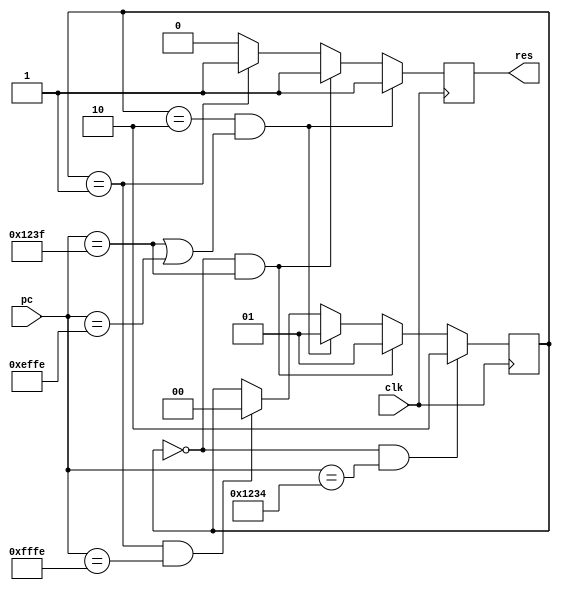
module  proof_reset (
    clk,
    pc,
//    data_addr,
//    data_en,
    //pc_en,

    res
);

input		clk;
input   [15:0]  pc;
output          res;

// MACROS ///////////////////////////////////////////
parameter SMEM_BASE = 16'hE000;
parameter SMEM_SIZE = 16'h1000;
parameter FST_POR_ADDR = 16'h1234;
parameter LST_POR_ADDR = 16'h123F;
parameter RESET_HANDLER = 16'hfffe;
parameter RUN  = 2'b00, KILL = 2'b01, PoR = 2'b10;
/////////////////////////////////////////////////////

//-------------Internal Variables---------------------------
reg             [1:0] state;
reg             reset_out;
//



initial
    begin
        state = KILL;
        reset_out = 1'b1;
    end

wire is_fst_PoR = pc == FST_POR_ADDR;
wire is_lst_PoR = pc == LST_POR_ADDR;
wire is_lst_RC  = pc == LAST_SMEM_ADDR;
wire PC_is_zero = pc == RESET_HANDLER;
parameter LAST_SMEM_ADDR = SMEM_BASE + SMEM_SIZE - 2;


always @(posedge clk)
if( state == RUN && is_fst_PoR) 
    state <= PoR;
else if( state == RUN && is_lst_PoR) 
    state <= KILL;
else if (state == PoR && (is_lst_PoR || is_lst_RC))
    state <= KILL;
else if (state == KILL && PC_is_zero)
    state <= RUN;
else state <= state;

always @(posedge clk)
if (state == PoR && (is_lst_PoR || is_lst_RC))
    reset_out <= 1'b1;
else if (state == RUN && is_lst_PoR)
    reset_out <= 1'b1;
else if (state == KILL)
    reset_out <= 1'b1;
else reset_out <= 1'b0;

assign res = reset_out;

endmodule